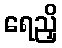
ရေညှိ